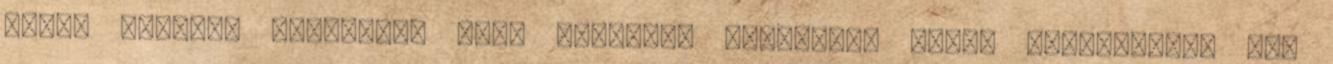
gumik cserére szorulnak Akit érdekel, keressen, árban megegyezünk Kép